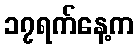
၁၇ရက်နေ့က